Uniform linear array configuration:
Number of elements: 16
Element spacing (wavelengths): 1
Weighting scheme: binomial
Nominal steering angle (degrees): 15
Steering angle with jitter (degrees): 14.321
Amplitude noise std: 0.05
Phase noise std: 0.05

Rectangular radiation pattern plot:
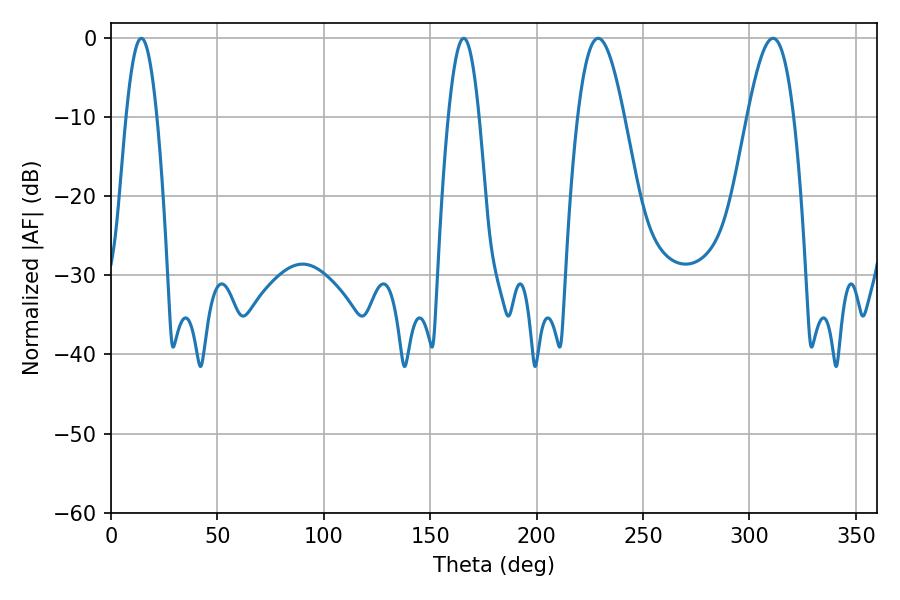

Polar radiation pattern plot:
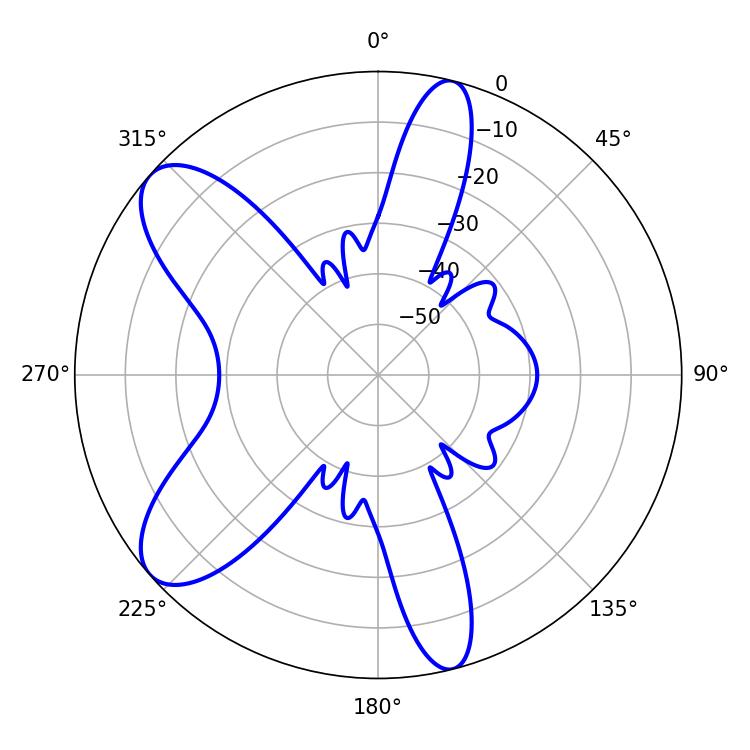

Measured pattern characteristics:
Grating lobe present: TRUE
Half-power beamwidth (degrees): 11.88
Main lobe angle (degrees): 228.96